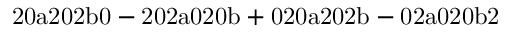
\mathrm { 2 0 a 2 0 2 b 0 - 2 0 2 a 0 2 0 b + 0 2 0 a 2 0 2 b - 0 2 a 0 2 0 b 2 }